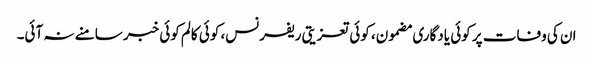
ان کی وفات پر کوئی یادگاری مضمون، کوئی تعزیتی ریفرنس، کوئی کالم کوئی خبر سامنے نہ آئی۔